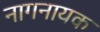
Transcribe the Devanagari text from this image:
नागनायक